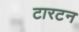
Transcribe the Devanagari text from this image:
टारटन